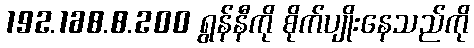
192.168.8.200 ရွန်နီကို စိုက်ပျိုးနေသည်ကို